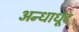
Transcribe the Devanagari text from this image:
अन्धाधूंद